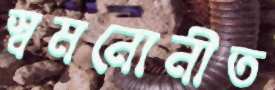
স্বমনোনীত